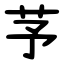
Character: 芧